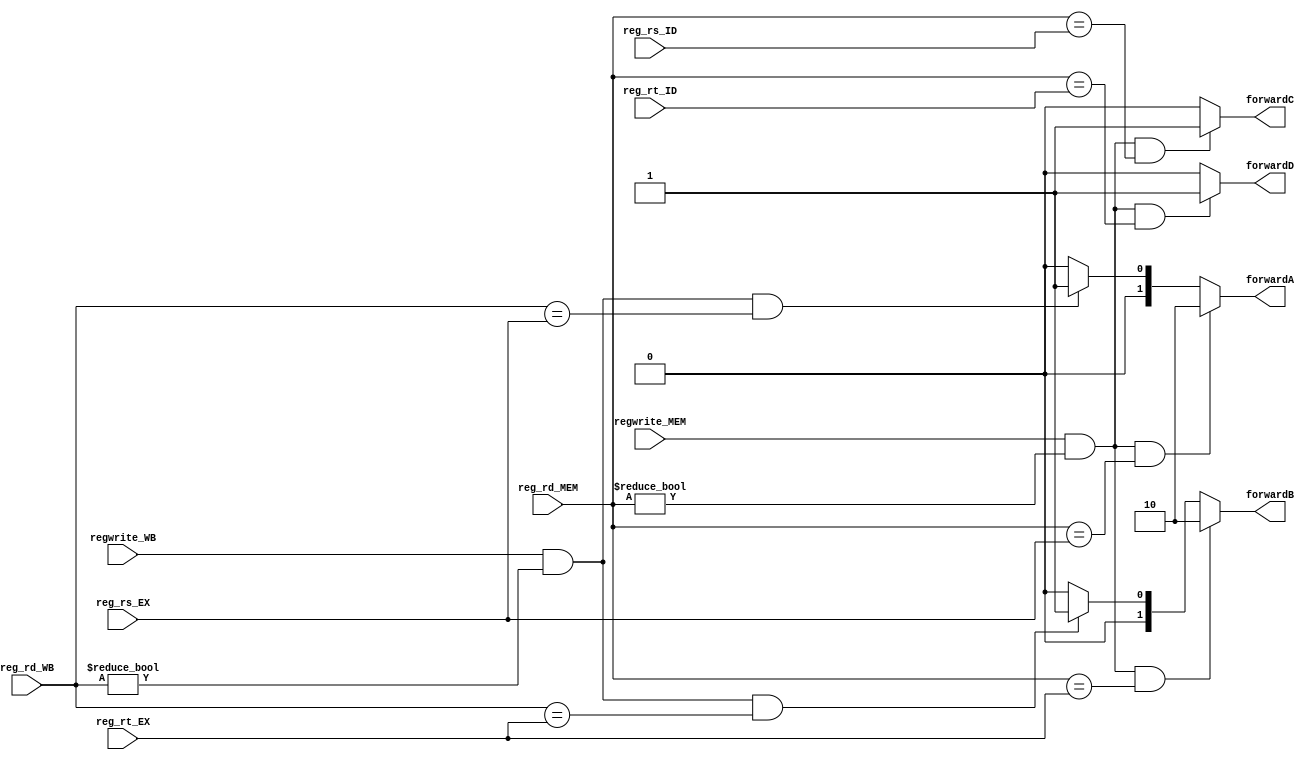
`timescale 1ns / 1ps

//forward FORWARD(
//    EX_forward1, EX_forward2,
//    ID_forward1, ID_forward2,
//    ID_Rs, ID_Rt, 
//    EX_Rs, EX_Rt,
//    MEM_writeaddress, WB_writeaddress,
//    MEM_regwrite, WB_regwrite);
module forward(
        //    EX_forward1, EX_forward2,
        //    ID_forward1, ID_forward2,
        output reg  [1:0]forwardA,
        output reg  [1:0]forwardB,
        output reg  forwardC,
        output reg  forwardD,
        //    ID_Rs, ID_Rt, 
        //    EX_Rs, EX_Rt,
        input       [4:0]reg_rs_ID,
        input       [4:0]reg_rt_ID,
        input       [4:0]reg_rs_EX,
        input       [4:0]reg_rt_EX,
        //    MEM_writeaddress, WB_writeaddress,
        //    MEM_regwrite, WB_regwrite
        input       [4:0]reg_rd_MEM,
        input       [4:0]reg_rd_WB,
        input       regwrite_MEM,
        input       regwrite_WB
    );
    always @(*)
    begin
        // forward A:during EX rs need result in MEM or WB
        if          (regwrite_MEM && reg_rd_MEM!=0 && reg_rd_MEM==reg_rs_EX)    forwardA = 2'b10;
        else if    (regwrite_WB  && reg_rd_WB!=0  && reg_rd_WB==reg_rs_EX)     forwardA = 2'b01;
        else        forwardA = 2'b00;
        // forward B:during EX rt need result in MEM or WB
        if          (regwrite_MEM && reg_rd_MEM!=0 && reg_rd_MEM==reg_rt_EX)    forwardB = 2'b10;
        else if    (regwrite_WB  && reg_rd_WB!=0  && reg_rd_WB==reg_rt_EX)     forwardB = 2'b01;
        else        forwardB = 2'b00;
        // forward C:during ID rs need result in MEM or WB 
        if          (regwrite_MEM && reg_rd_MEM!=0 && reg_rd_MEM==reg_rs_ID)    forwardC = 1'b1;
        else        forwardC = 1'b0;
        // forward D:during ID rt need result in MEM or WB 
        if          (regwrite_MEM && reg_rd_MEM!=0 && reg_rd_MEM==reg_rt_ID)    forwardD = 1'b1;
        else        forwardD = 1'b0;
    end
    initial begin forwardA = 2'b00; forwardB = 2'b00; forwardC = 1'b0; forwardD = 1'b0; end
    
endmodule